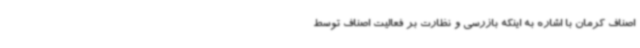
اصناف کرمان با اشاره به اینکه بازرسی و نظارت بر فعالیت اصناف توسط